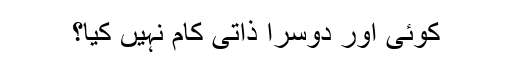
کوئی اور دوسرا ذاتی کام نہیں کیا؟